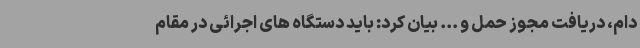
دام، دریافت مجوز حمل و ... بیان کرد: باید دستگاه های اجرائی در مقام